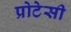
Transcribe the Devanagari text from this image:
प्रोटेसी